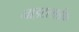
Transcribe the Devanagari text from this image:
नाइटलाईफ